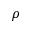
\rho